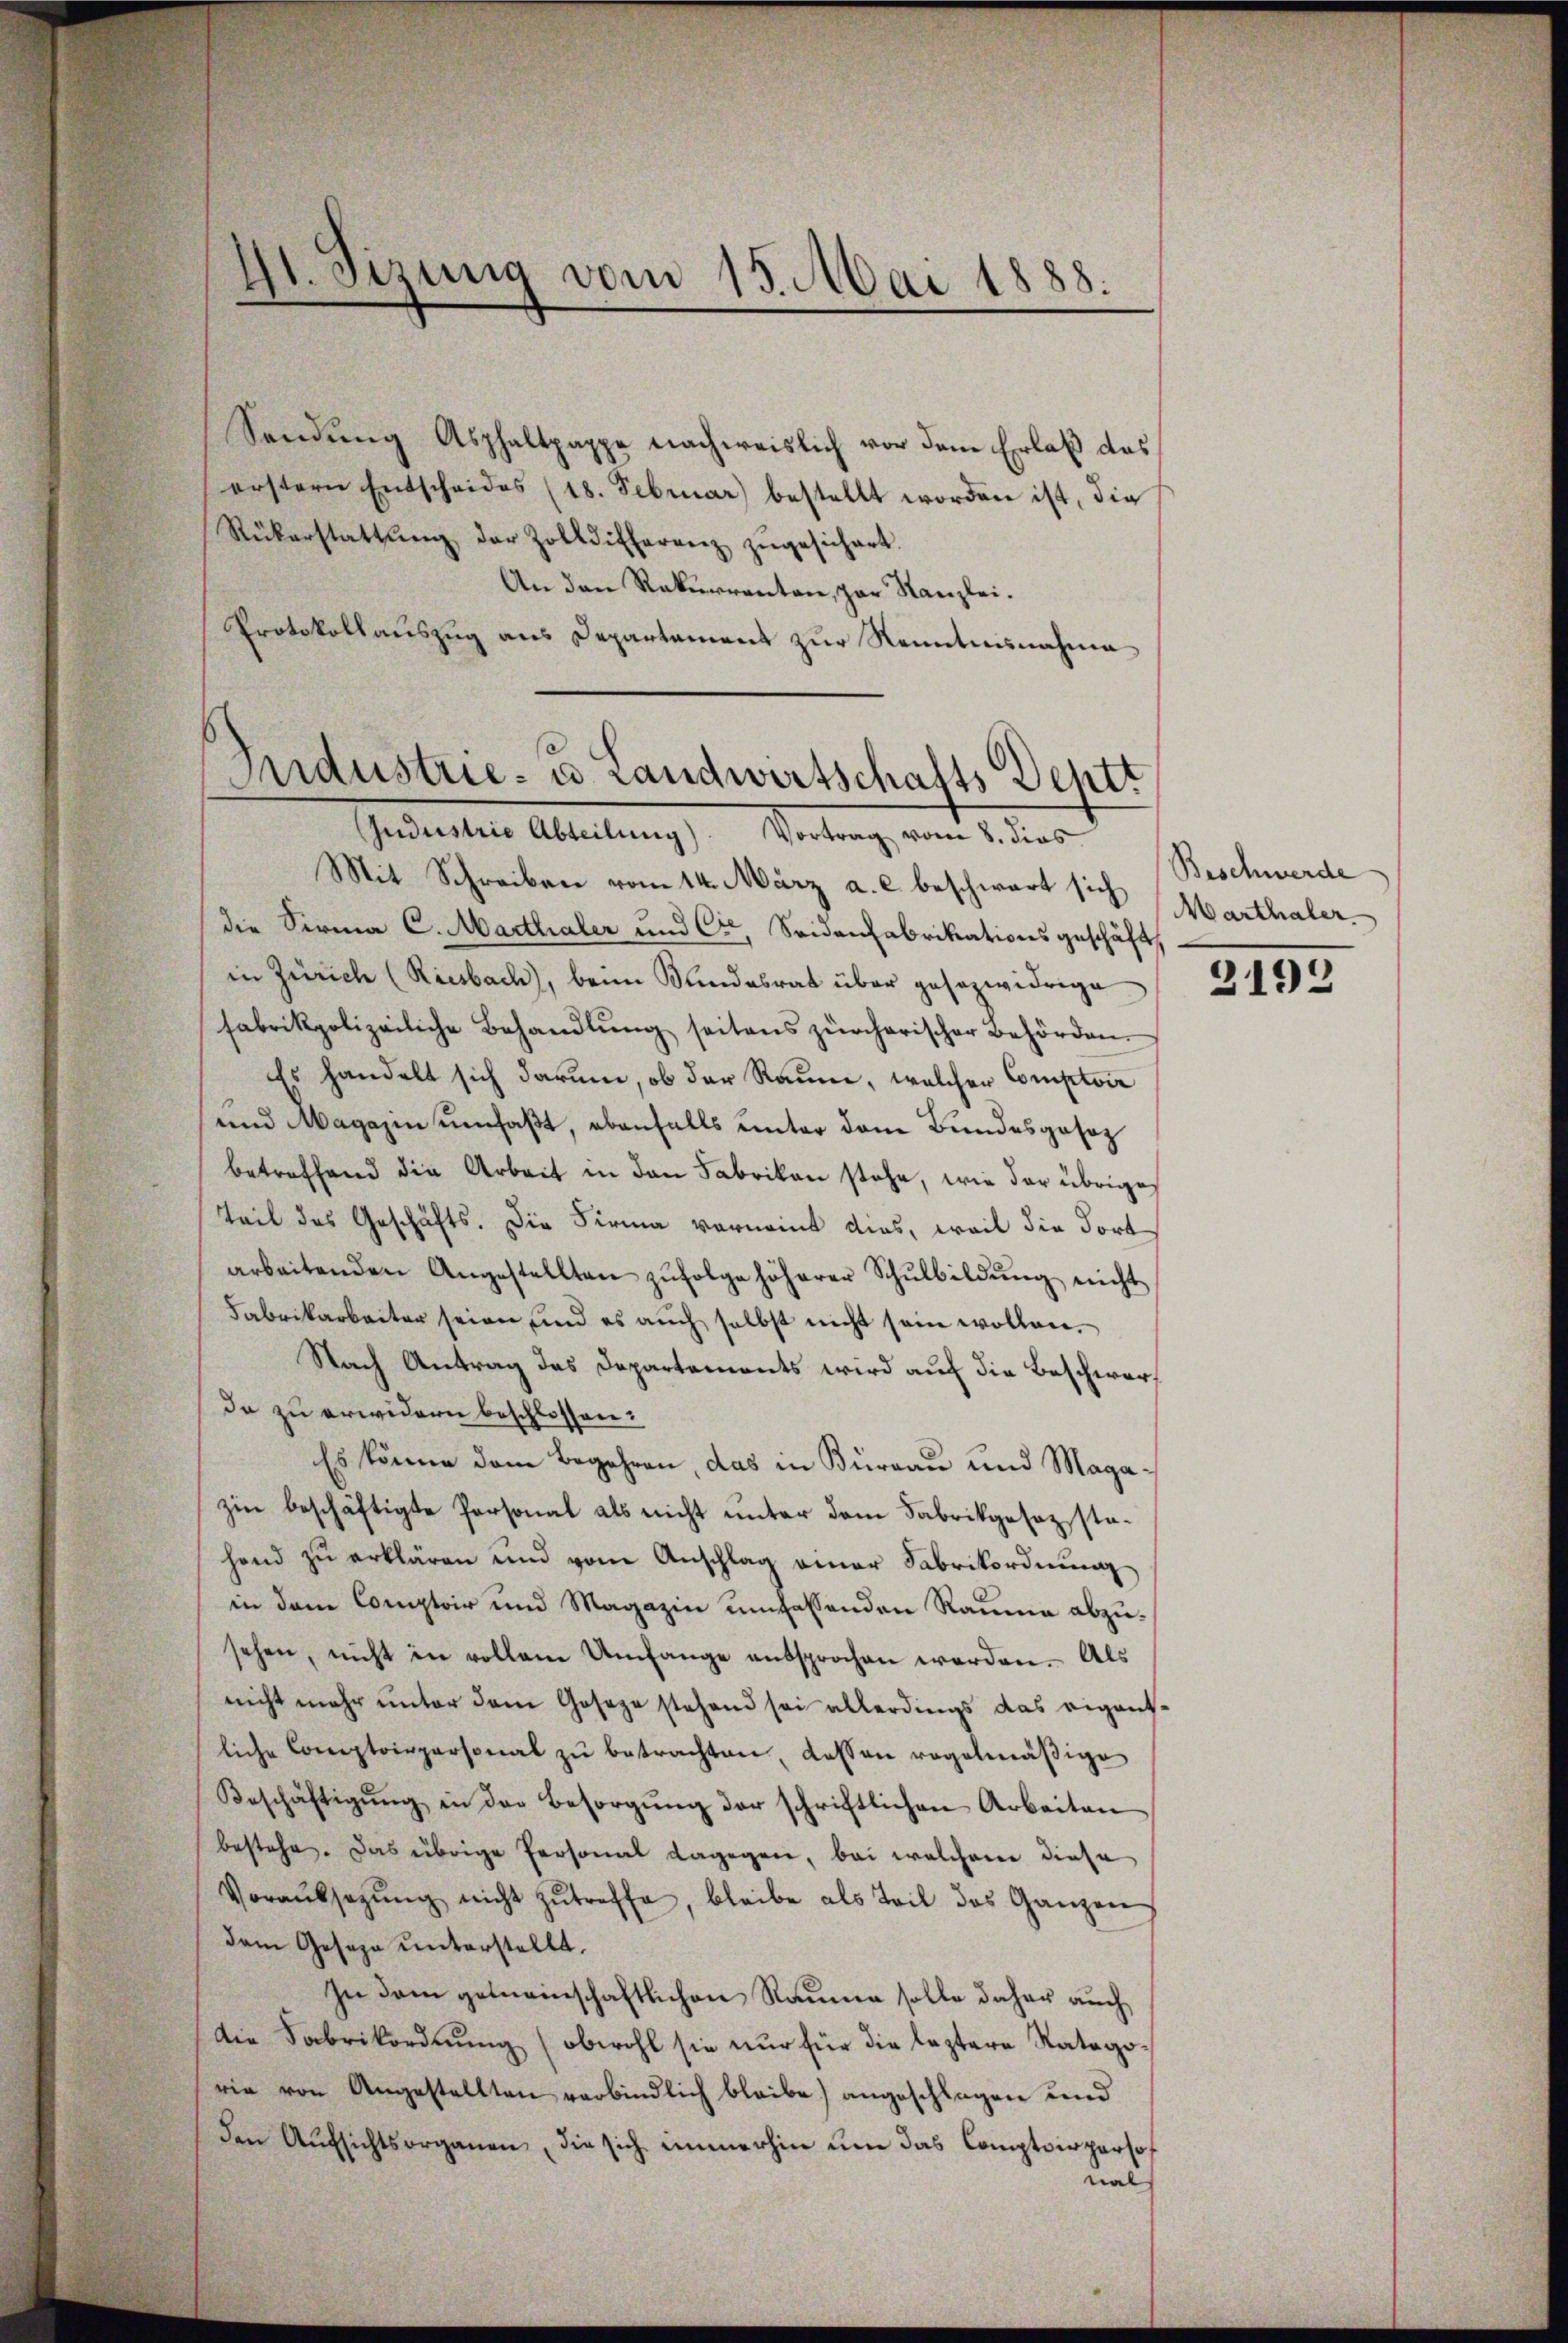
Hl. Sizung vom 15. Mai 1888.

Sendung Asphaltpappe nachweislich vor dem Erlaß des
erstern Entscheides (18. Februar) bestellt worden ist, die
Rükerstattŭng der Zolldifferenz zŭgesichert.
An den Rekurrenten, par Kanzlei.
Protokollauszug aus Departement zur Kenntnisnahme

Industrie- u. Landwirtschafts Deptt
Jndustrie Abteilung). Vortrag vom 8. dies

Mit Schreiben vom 14. März a. c. beschwart sich
die Sirma C. Marthaler und C. Seidenfabrikationsgeschäft
in Zürich (Riesbach), beim Sandesrat über gesezwidrige
fabrikpolizeiliche Behandlŭng seitens zürcherischer Behörden.
Es handelt sich darum, ob der Raum, welcher Comptoir
und Magazin umfaßt, ebenfalls unter dem Bundesgesez
betreffend die Arbeit in den Fabrikon stehe, wie der übrige
Teil des Geschäfts. Die Firma vornamt dies, weil die dort
arbeitenden Angestellten zŭfolge höherer Schŭlbildŭng nicht
Fabrikarbeiter seien und es auch selbst nicht sein wollen.
Nach Antrag das Departements wird auf die Beschwerda zu erwidern beschlossen:
Es könne dem Begehren, das in Bureau und Magazin beschäftigte Personal als nicht unter dem Fabrikgesez stahand zu erklären und vom Anschlag einer Fabrikordnung
in dem Contoir und Magazin umfassenden Raume abzusehen, nicht in vollen Umfange entsprochen werden. Als
nicht mehr unter dem Geseze stehend sei allerdings das eigentliche Comptoirpersonal zŭ betrachten, dassen regelmäβige
Beschäftigŭng in der Besorgŭng der schriftlichen Arbeiten
bestehe. Das übrige Personal dagegen, bei welchem diese
Voraussagŭng nicht zutreffe, bleibe als Teil des Ganzen
dem Geseze unterstellt.
In dem gemeinschaftlichen Raume solle daher auch
Die Fabrikordnung (obwohl sie nur für die leztere Ratagorie von Angestellten verbindlich bleibe angeschlagen und
den Aufsichtsorganen, die sich immerhin um das Comptoirperso
nal

Beschwerde
Marthaler

2192